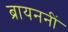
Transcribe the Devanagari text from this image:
ब्रायननीं